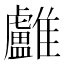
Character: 𩁨